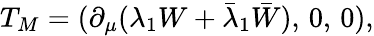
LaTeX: T_{M}=(\partial_{\mu}(\lambda_{1}W+\bar{\lambda}_{1}\bar{W}),\, 0,\, 0),